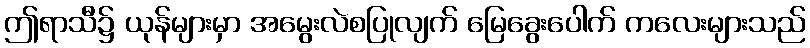
ဤရာသီ၌ ယုန်များမှာ အမွေးလဲစပြုလျက် မြေခွေးပေါက် ကလေးများသည်